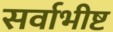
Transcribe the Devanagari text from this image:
सर्वाभीष्ट